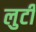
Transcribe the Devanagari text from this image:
लुटी